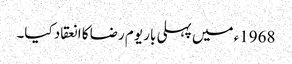
1968ء میں پہلی بار یوم رضا کا انعقاد کیا۔